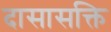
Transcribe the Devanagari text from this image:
दासासक्ति